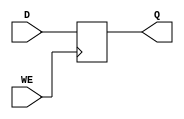
module d_latch(
    input D,
    input WE,
    output reg Q
);

always @ (posedge WE)
begin
    if(WE == 1'b1)
    begin
        Q <= D;
    end
end

endmodule